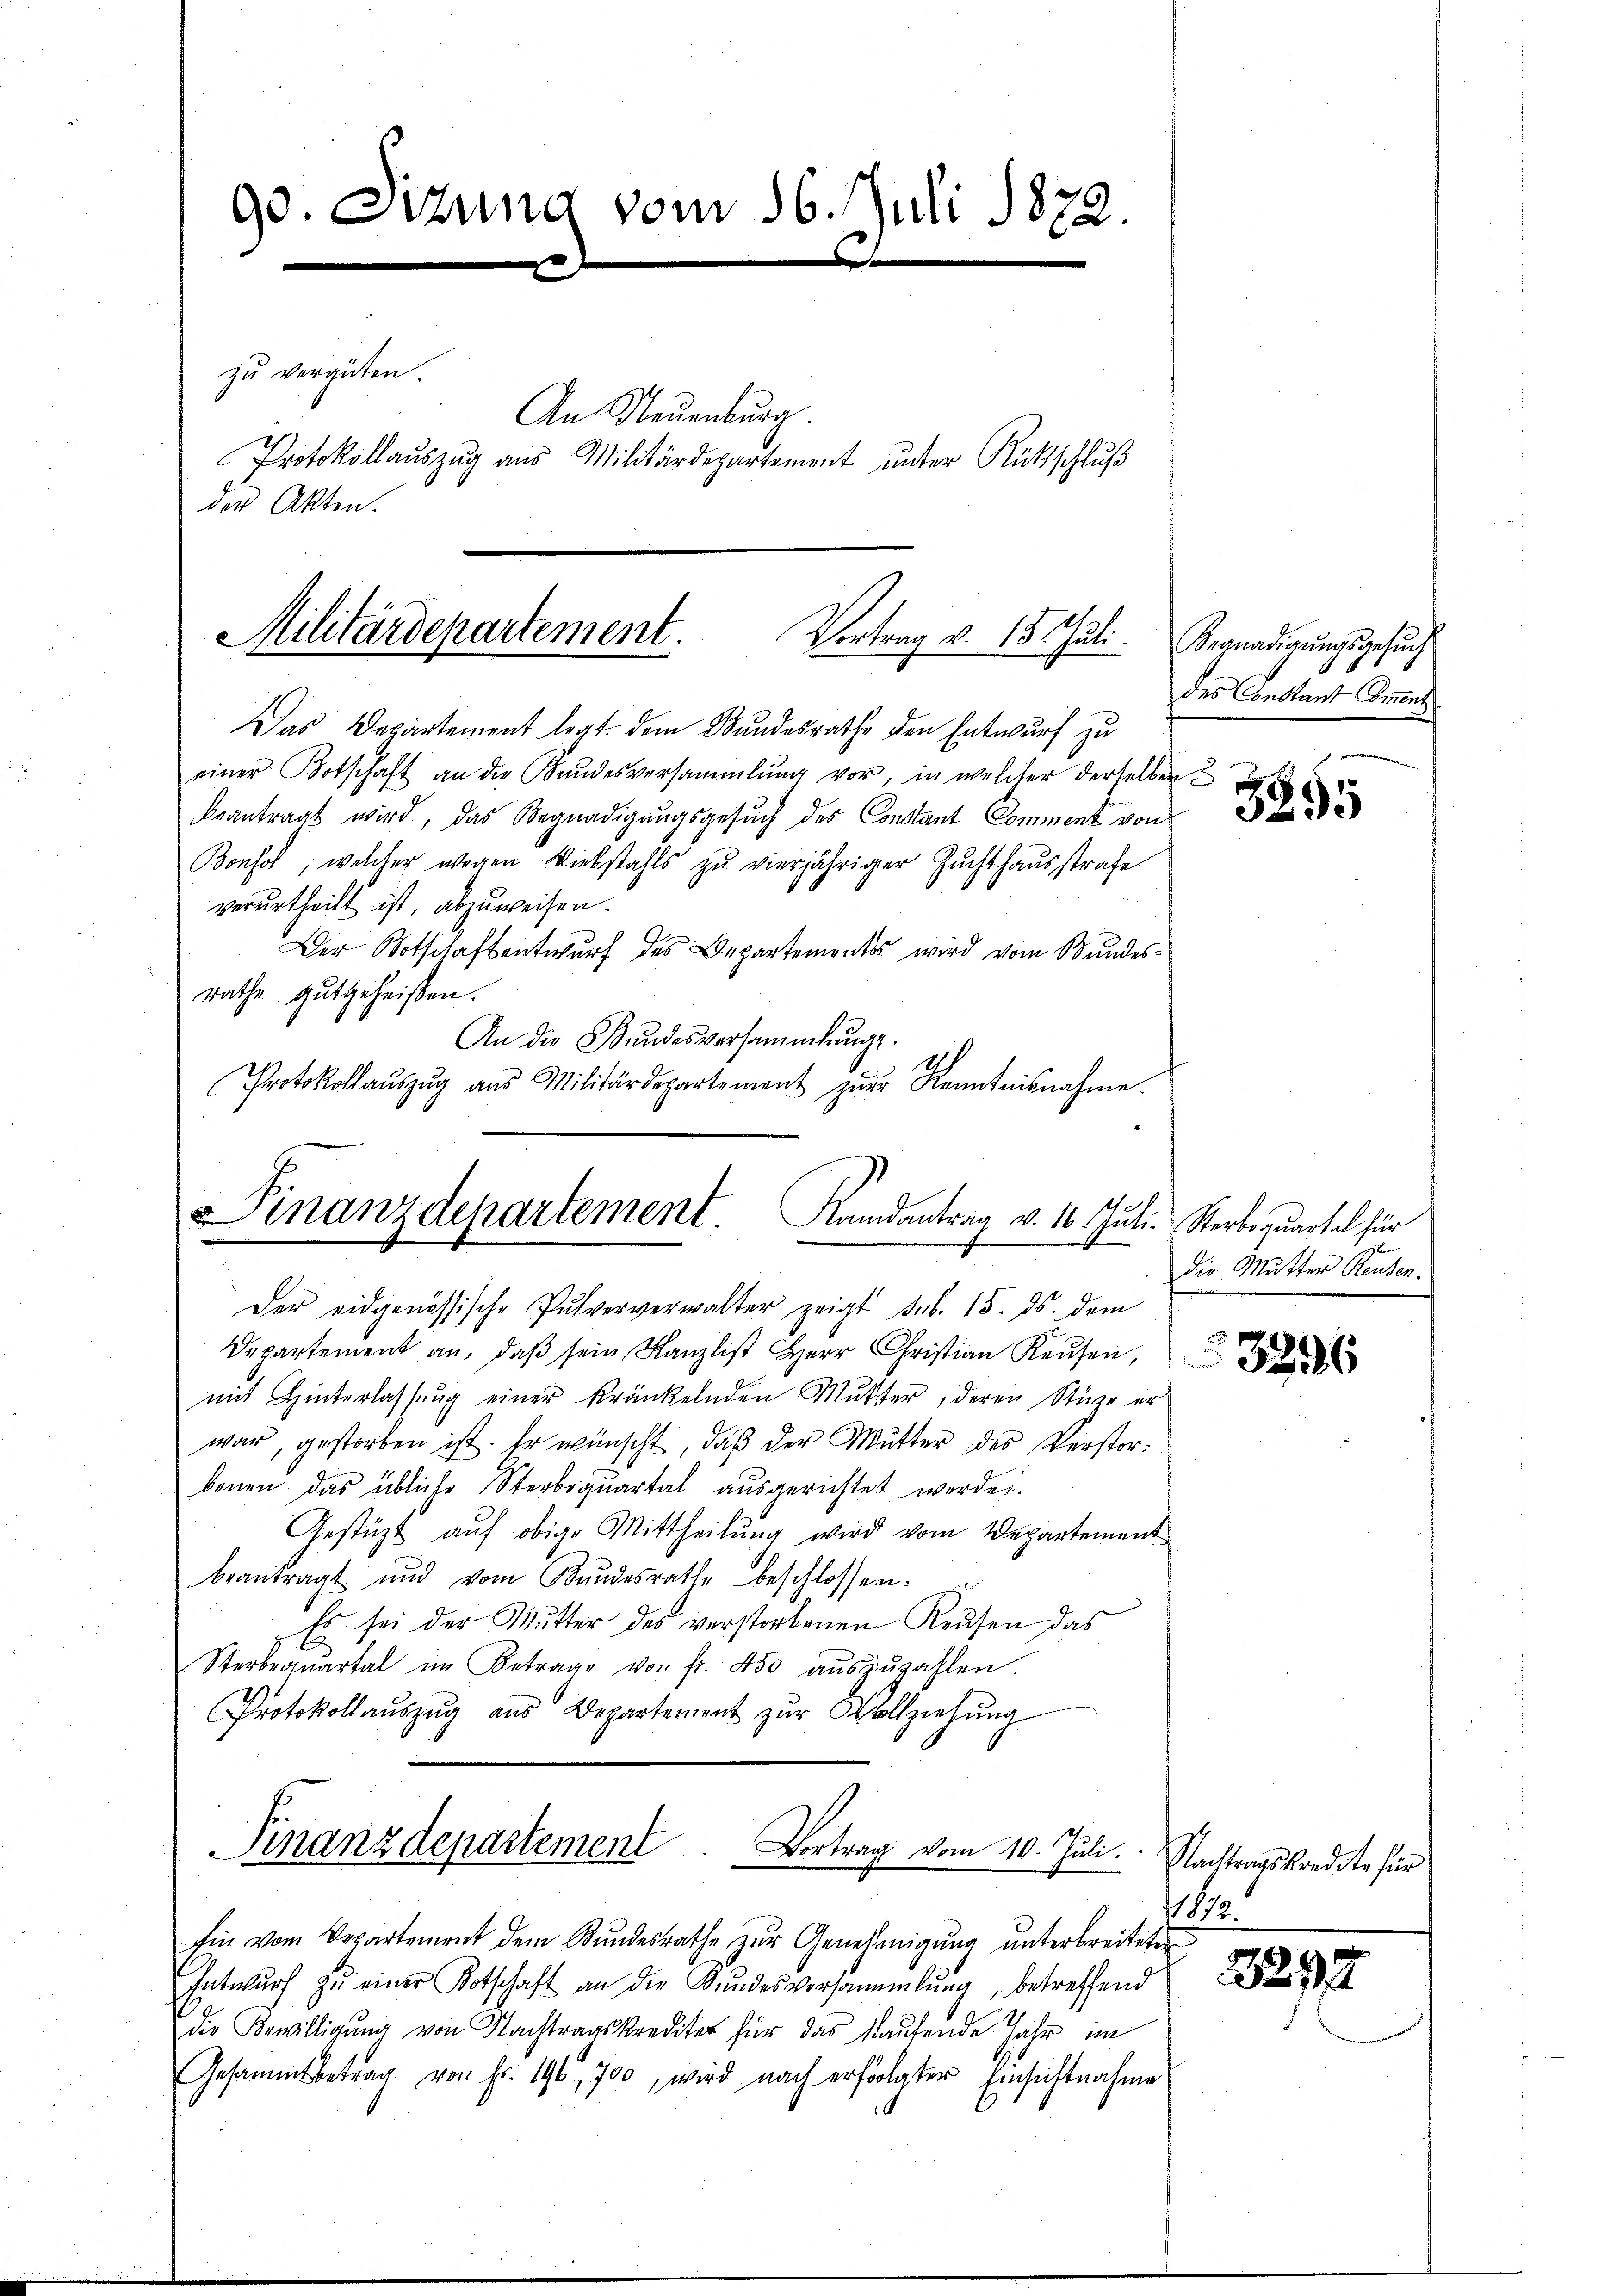
90. etzung vom 16. Juli 1872.
0x
zu vergüten.
An Neuenburg.
Protokollaŭszŭg ans Militärdepartement ŭnter Rückschlŭβ
der Akten.

Militärdepartement.
Vertrag v. 15. Juli.

Finanzdepartement. Randantrag v. 16. Juli. Sterbequartal für

Das Departement legt dem Bundesrathe den Entwurf zu
einer Botschaft an die Kundesversammlung vor, in welcher derselben
beantragt wird, das Begnadigungsgesuch des Constant Comment von
Bonsol, welcher wegen Diebstahls zu vierjähriger Zuchthausstrafe
verurtheilt ist, abzuweisen.
Der Botschaftentwurf des Departementes wird vom Bundesrathe gutgeheißen.
An die Bŭndesversammlunge
Protokollaŭszŭg aŭs Militärdepartement zŭr Kenntnisnahme.

war, gestorben ist. Er wünscht, daß der Mutter des Verstorbenen das übliche Sterbrquartal aŭsgerichtet werden.
Gestüzt auf obige Mittheilung wird vom Departement
beantragt und vom Bŭndesrathe beschlossen:
Es sei der Mutter des verstorbenen Kaŭfen das
Sterbraŭartal im Betrage von fr. 450 aŭszŭzahlen.
Protokollaŭszŭg ans Departement zŭr Vollziehŭng

Der eidgenössische Pulververwalter zeigt sub. 15. ds. dem
Departement an, daβ sein Kanzlist Herr Christian Kaŭfen,
mit Hinterlassŭng einer kränkelnden Mutter, deren Stüze er

Finanzdepartement. Vortrag vom 10. Juli.

Ein vom Departement dem Bŭndesrathe zŭr Genehmigŭng ŭnterbreiteten
Entwurf zu einer Kotschaft an die Bundesversammlung, betreffend
die Bewilligung von Nachtragskrediter für das kaufende Jahr im
Gesammtbetrag von Fr. 196, 700, wird nach erfolgter Einsichtnahme

Begnadigungsgesuch
des Constant Comment

3295

Die Mutter Reusen.

3296

Nachtragskredite für
1892

3292